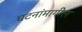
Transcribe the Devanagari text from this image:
घटनांमागील